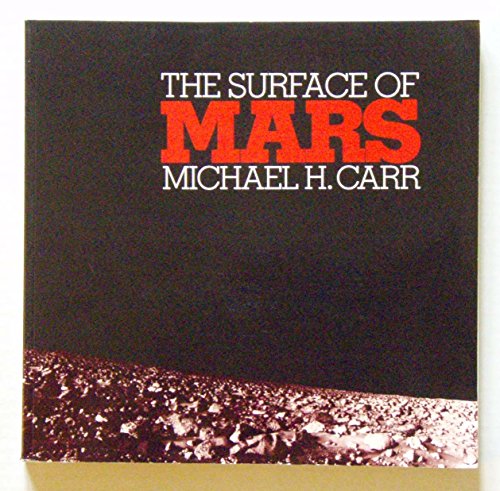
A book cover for The Surface of Mars (Planetary Exploration); Michael H. Carr; Science & Math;